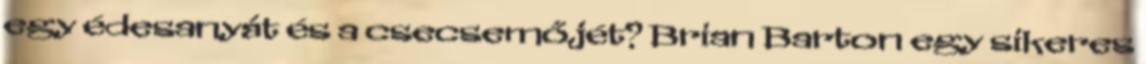
egy édesanyát és a csecsemőjét? Brian Barton egy sikeres